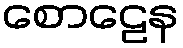
စောဠေန